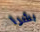
بشرا